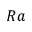
R a